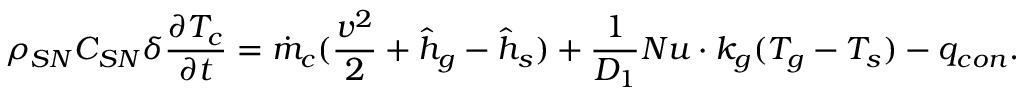
\rho _ { S N } C _ { S N } \delta \frac { \partial T _ { c } } { \partial t } = \dot { m } _ { c } ( \frac { v ^ { 2 } } { 2 } + { \hat { h } } _ { g } - { \hat { h } } _ { s } ) + \frac { 1 } { D _ { 1 } } N u \cdot k _ { g } ( T _ { g } - T _ { s } ) - q _ { c o n } .